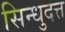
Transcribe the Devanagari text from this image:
सिन्धुदत्त